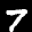
Label: 7